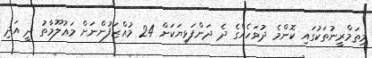
މިތަމްރީނުތަކުގައި ކޮންމެ ދުވަހެއްގެ ދެ ދަންފަޅިޔަކަށް 24 މުއްޒަފުންނަށް މަޢުލޫމާތު ދީ އަދި